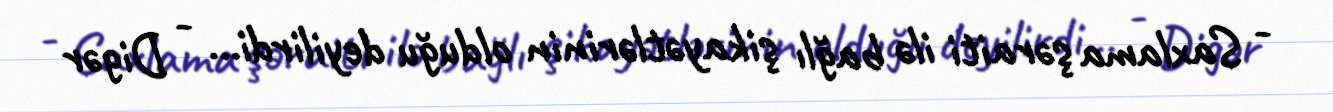
- Saxlama şəraiti ilə bağlı şikayətlərinin olduğu deyilirdi... - Digər